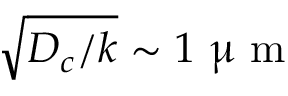
\sqrt { D _ { c } / k } \sim 1 ~ \upmu \mathrm { ~ m ~ }